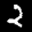
Label: 2